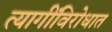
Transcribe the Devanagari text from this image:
त्यागींविरोधात